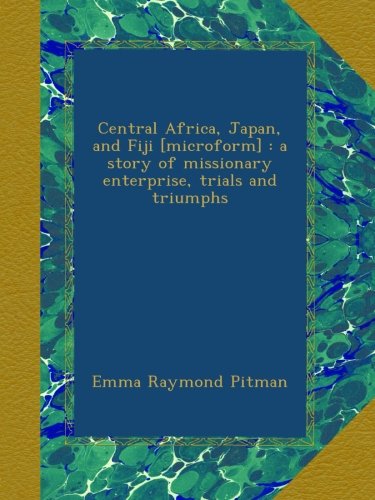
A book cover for Central Africa, Japan, and Fiji [microform] : a story of missionary enterprise, trials and triumphs; Emma Raymond Pitman; History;